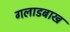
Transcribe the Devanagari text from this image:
गलाडबाख